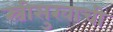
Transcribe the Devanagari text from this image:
स्त्रीसुखाची